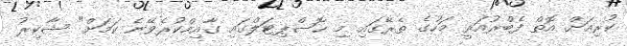
ކުރިއަށް އޮތް ފެބްރުއަރީ މަހުގެ ތެރޭގައި މި ހޮސްޕިޓަލްގައި ގާއިމްކުރެވޭނެ ކަމަށް" ޝާކިރު